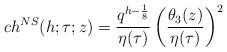
LaTeX: \begin{align*}ch^{NS}(h;\tau ;z)={q^{h-{1\over 8}}\over \eta(\tau )}\left({\theta_3(z)\over\eta(\tau )}\right)^2\end{align*}